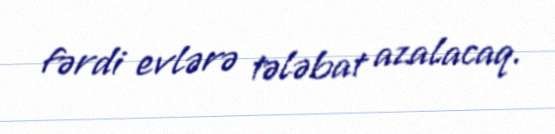
fərdi evlərə tələbat azalacaq.